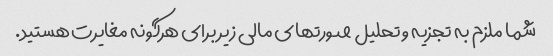
شما ملزم به تجزیه و تحلیل صورتهای مالی زیر برای هرگونه مغایرت هستید.